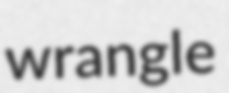
wrangle